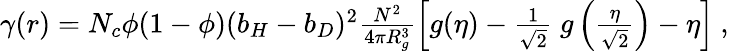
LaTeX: \begin{array}{r}{\gamma(r)=N_{c}\phi(1-\phi)(b_{H}-b_{D})^{2}\frac{N^{2}}{4\pi R_{g}^{3}}\left[g(\eta)-\frac{1}{\sqrt{2}}~g\left(\frac{\eta}{\sqrt{2}}\right)-\eta\right]~,}\end{array}